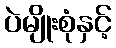
ပဲမျိုးစုံနှင့်